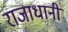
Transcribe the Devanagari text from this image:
राजाधानी